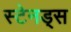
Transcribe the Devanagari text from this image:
स्टेनड्स